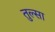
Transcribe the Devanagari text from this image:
तुल्सा